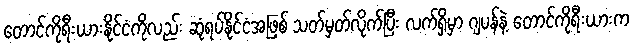
တောင်ကိုရီးယားနိုင်ငံကိုလည်း ဆုံရပ်နိုင်ငံအဖြစ် သတ်မှတ်လိုက်ပြီး လက်ရှိမှာ ဂျပန်နဲ့ တောင်ကိုရီးယားက